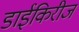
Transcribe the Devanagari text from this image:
डाईकिरीज